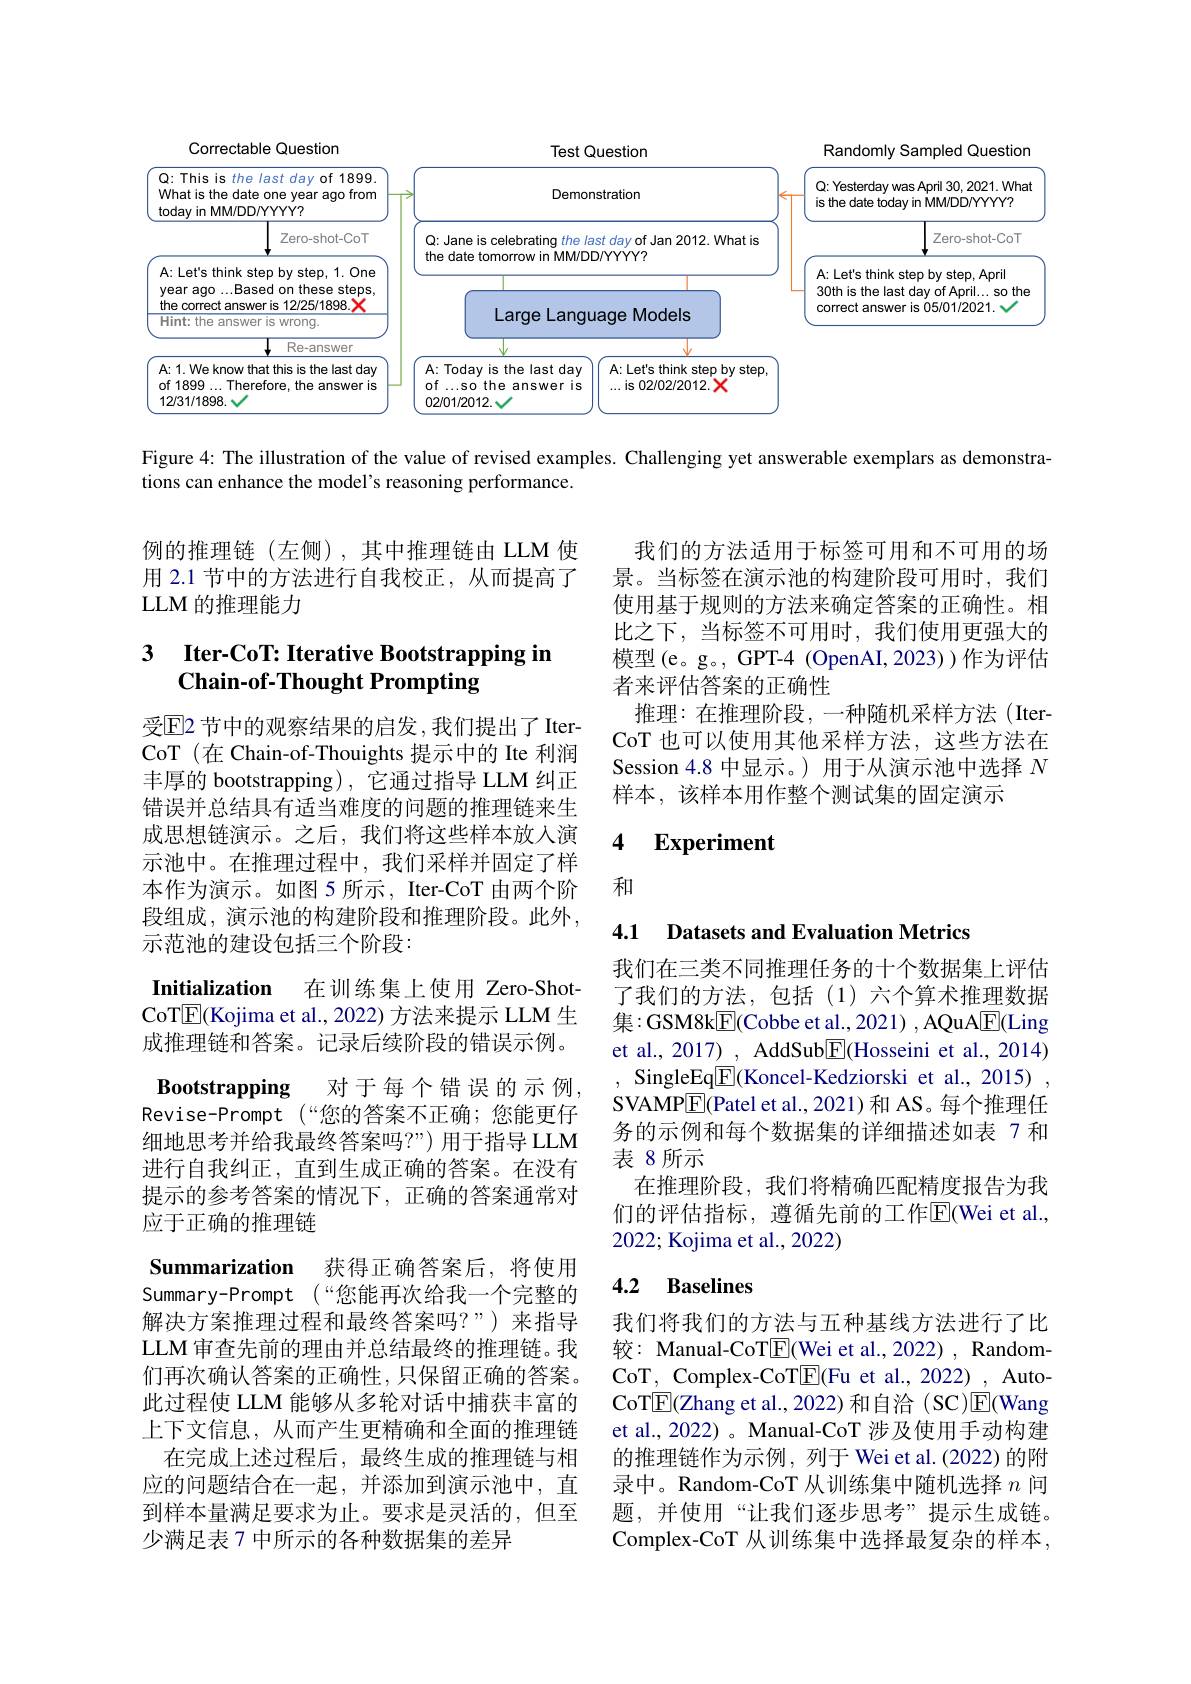
<FigureHere>

Figure 4: The illustration of the value of revised examples. Challenging yet answerable exemplars as demonstra-
tions can enhance the model's reasoning performance.

例的推理链(左侧),其中推理链由 LLM 使用 2.1 节中的方法进行自我校正，从而提高了LLM 的推理能力

### 3 $\textbf{Iter- CoT: Iterative Bootstrapping in}$ Chain-of-Thought Prompting

我们的方法适用于标签可用和不可用的场景。当标签在演示池的构建阶段可用时，我们使用基于规则的方法来确定答案的正确性。相比之下，当标签不可用时，我们使用更强大的模型(e。g。,GPT-4(OpenAI,2023))作为评估者来评估答案的正确性
推理：在推理阶段，一种随机采样方法(Iter-1) CoT 也可以使用其他采样方法，这些方法在Session 4.8 中显示。) 用于从演示池中选择$N$ 样本，该样本用作整个测试集的固定演示

受$\mathbb{E}$2 节中的观察结果的启发，我们提出了 IterCoT (在 Chain-of-Thouights 提示中的 Ite 利润丰厚的 bootstrapping), 它通过指导 LLM 纠正错误并总结具有适当难度的问题的推理链来生成思想链演示。之后，我们将这些样本放入演示池中。在推理过程中，我们采样并固定了样本作为演示。如图 5 所示，Iter-CoT 由两个阶段组成，演示池的构建阶段和推理阶段。此外， 示范池的建设包括三个阶段：

### 4 $\textbf{Experiment}$

和

## 4.1 Datasets and Evaluation Metrics

我们在三类不同推理任务的十个数据集上评估了我们的方法，包括(1)六个算术推理数据集：GSM8kE(Cobbe et al., 2021) , AQuA$\underline{\mathrm{E}}($Ling et al., 2017) , AddSub$\underline{\mathrm{E}}($Hosseini et al., 2014)
SingleEq$\underline{\mathrm{E}}($Koncel-Kedziorski et al.,2015) , SVAMP$\boxed{\mathrm{F}}($Patel et al., 2021) 和 AS。每个推理任务的示例和每个数据集的详细描述如表 7 和表 8所示
在推理阶段，我们将精确匹配精度报告为我们的评估指标，遵循先前的工作$\overline{\mathrm{E}}($Wei et al., 2022; Kojima et al., 2022)

Initialization 在训练集 上使用 Zero-Shot CoT$\boxed{\mathbb{F}}($Kojima et al., 2022) 方法来提示 LLM 生成推理链和答案。记录后续阶段的错误示例。Bootstrapping
对于每个错误的示例，
Revise-Prompt (“您的答案不正确；您能更仔细地思考并给我最终答案吗？”) 用于指导 LLM 进行自我纠正，直到生成正确的答案。在没有提示的参考答案的情况下，正确的答案通常对应于正确的推理链
Summarization 获得正确答案后，将使用Summary-Prompt (“您能再次给我一个完整的解决方案推理过程和最终答案吗？”)来指导LLM 审查先前的理由并总结最终的推理链。我们再次确认答案的正确性，只保留正确的答案。此过程使 LLM 能够从多轮对话中捕获丰富的上下文信息，从而产生更精确和全面的推理链在完成上述过程后，最终生成的推理链与相
应的问题结合在一起，并添加到演示池中，直到样本量满足要求为止。要求是灵活的，但至少满足表 7 中所示的各种数据集的差异

### 4.2 $\mathbf{Baselines}$

我们将我们的方法与五种基线方法进行了比较：Manual-CoT$\underline{\mathrm{E}}($Wei et al.,2022), RandomCoT, Complex-CoT$\underline{\mathrm{E}}($Fu et al., 2022) , AutoCoT$\overline{\mathbb{E}}$(Zhang et al., 2022)和自治(SC)$\overline{\mathbb{E}}$(Wang et al., 2022) 。Manual-CoT 涉及使用手动构建的推理链作为示例，列于 Wei et al. (2022) 的附录中。Random-CoT 从训练集中随机选择$n$问题，并使用“让我们逐步思考”提示生成链。Complex-CoT 从训练集中选择最复杂的样本，